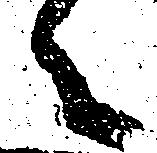
々